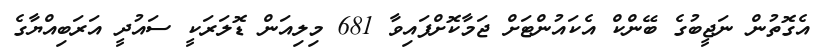
އެގޮތުން ނަޖީބުގެ ބޭންކް އެކައުންޓަށް ޖަމާކޮށްފައިވާ 681 މިލިއަން ޑޮލަރަކީ ސައުދީ އަރަބިއްޔާގެ